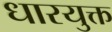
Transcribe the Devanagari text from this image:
धारयुक्त